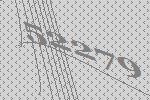
52279